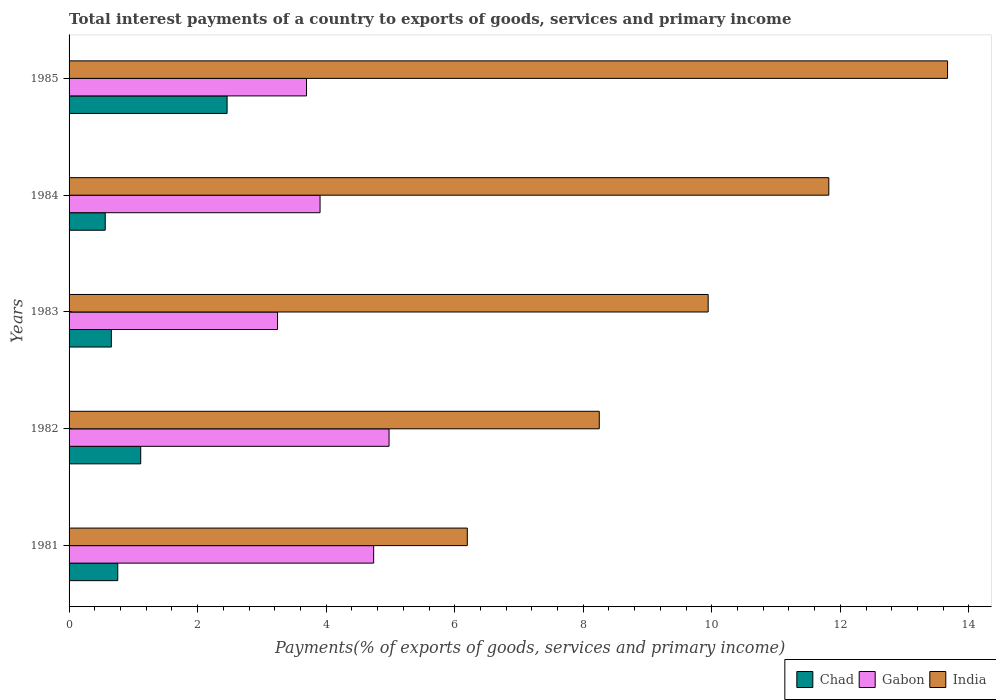
| Years | Chad | Gabon | India |
 | --- | --- | --- | --- |
 | 1981 | 0.758 | 4.74 | 6.2 |
 | 1982 | 1.11 | 4.98 | 8.25 |
 | 1983 | 0.658 | 3.24 | 9.94 |
 | 1984 | 0.563 | 3.91 | 11.8 |
 | 1985 | 2.46 | 3.69 | 13.7 |